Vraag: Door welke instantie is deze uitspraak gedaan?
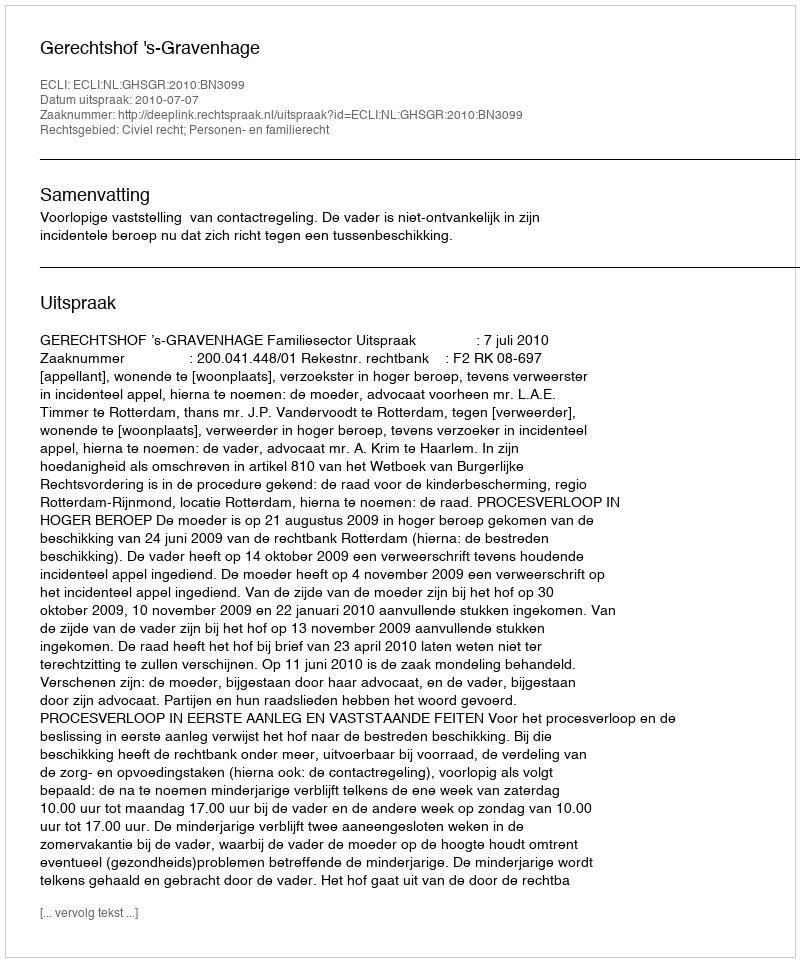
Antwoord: Gerechtshof 's-Gravenhage